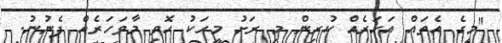
"މީގެ އެތައް އަހަރެއް ކުރިން މި ރަށު މީހަކު ހޮވި މާވަހަރެއް ފެނުނު.